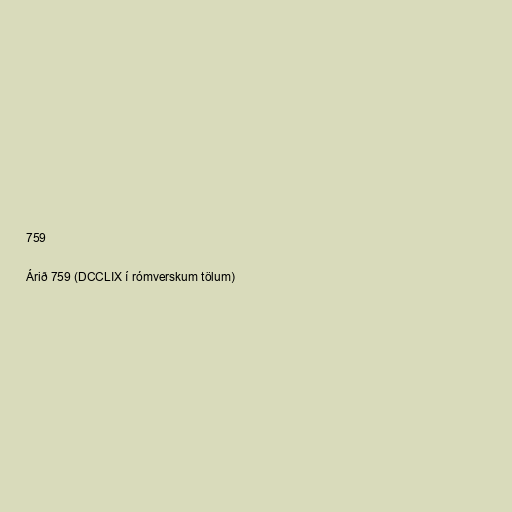
759

Árið 759 (DCCLIX í rómverskum tölum)